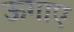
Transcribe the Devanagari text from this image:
ऊगाए